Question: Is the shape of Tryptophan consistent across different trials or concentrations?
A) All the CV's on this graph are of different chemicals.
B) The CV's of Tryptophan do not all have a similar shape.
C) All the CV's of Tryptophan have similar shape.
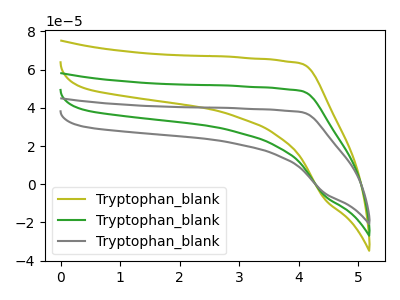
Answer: <think>The olive curve "Tryptophan_blank1" has no peaks. The green curve "Tryptophan_blank2" has no peaks. The gray curve "Tryptophan_blank3" has no peaks.
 Neither "Tryptophan_blank1" or "Tryptophan_blank2" have any peaks. Neither "Tryptophan_blank1" or "Tryptophan_blank3" have any peaks. Neither "Tryptophan_blank2" or "Tryptophan_blank3" have any peaks.</think>
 <answer>C) All the CV's of "Tryptophan" have similar shape.</answer>
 <eval>C</eval>